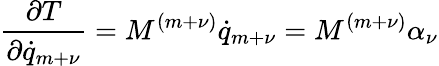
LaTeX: \frac{\partial T}{\partial{\dot{q}}_{m+\nu}}=M^{(m+\nu)}{\dot{q}}_{m+\nu}=M^{(m+\nu)}\alpha_{\nu}